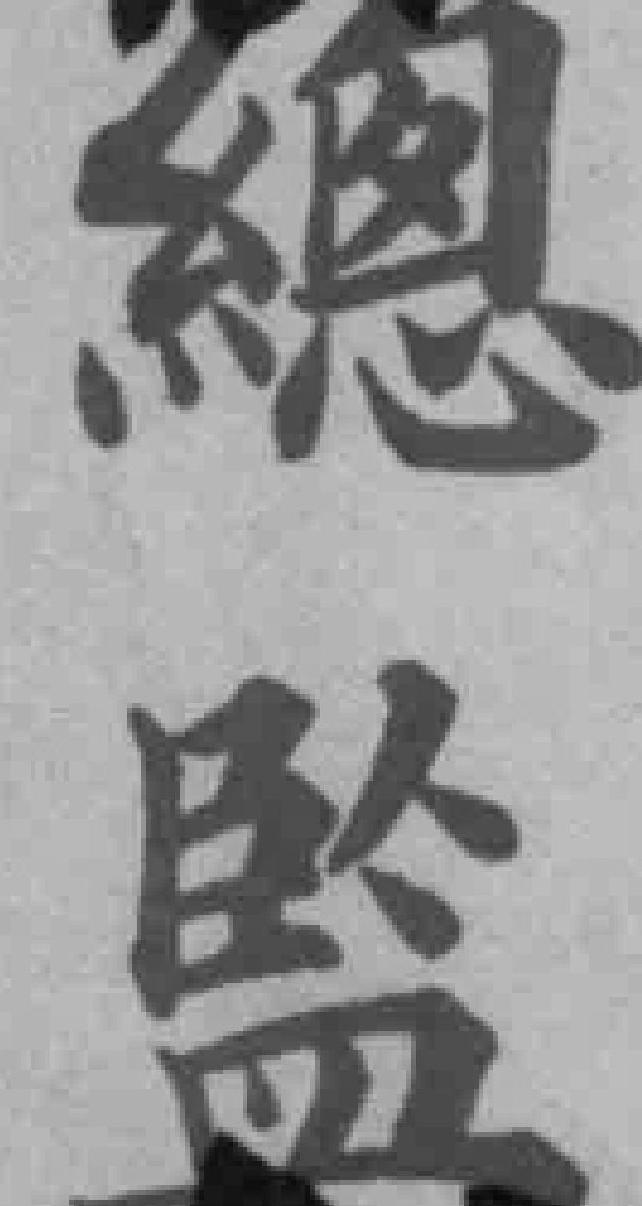
總監